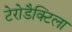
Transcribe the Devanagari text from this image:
टेरोडैक्टिला